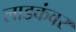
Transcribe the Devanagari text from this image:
लाडकंवर